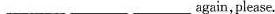
___ ___ ___ again,please.